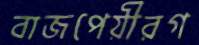
বাজপেয়ীরগ